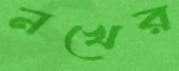
নখের